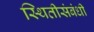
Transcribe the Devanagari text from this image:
स्थितीसंबंधी